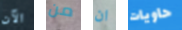
الآن من ان حاويات